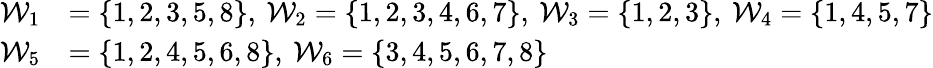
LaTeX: \begin{array}{rl}{\mathcal{W}_{1}}&{=\{ 1,2,3,5,8\} ,\: \mathcal{W}_{2}=\{ 1,2,3,4,6,7\} ,\: \mathcal{W}_{3}=\{ 1,2,3\} ,\: \mathcal{W}_{4}=\{ 1,4,5,7\} }\\ {\mathcal{W}_{5}}&{=\{ 1,2,4,5,6,8\} ,\: \mathcal{W}_{6}=\{ 3,4,5,6,7,8\} }\end{array}